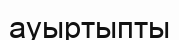
ауыртыпты